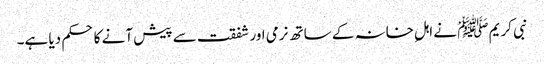
نبی کریم ﷺْ نے اہلِ خانہ کے ساتھ نرمی اور شفقت سے پیش آنے کا حکم دیا ہے۔